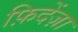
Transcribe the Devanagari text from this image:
फ़िदेंज़ा